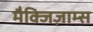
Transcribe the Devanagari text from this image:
मैक्जिज़ाम्स